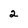
Character: 2